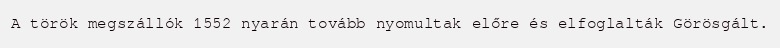
A török megszállók 1552 nyarán tovább nyomultak előre és elfoglalták Görösgált.